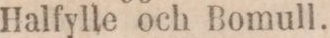
Halfylle och Bomull.